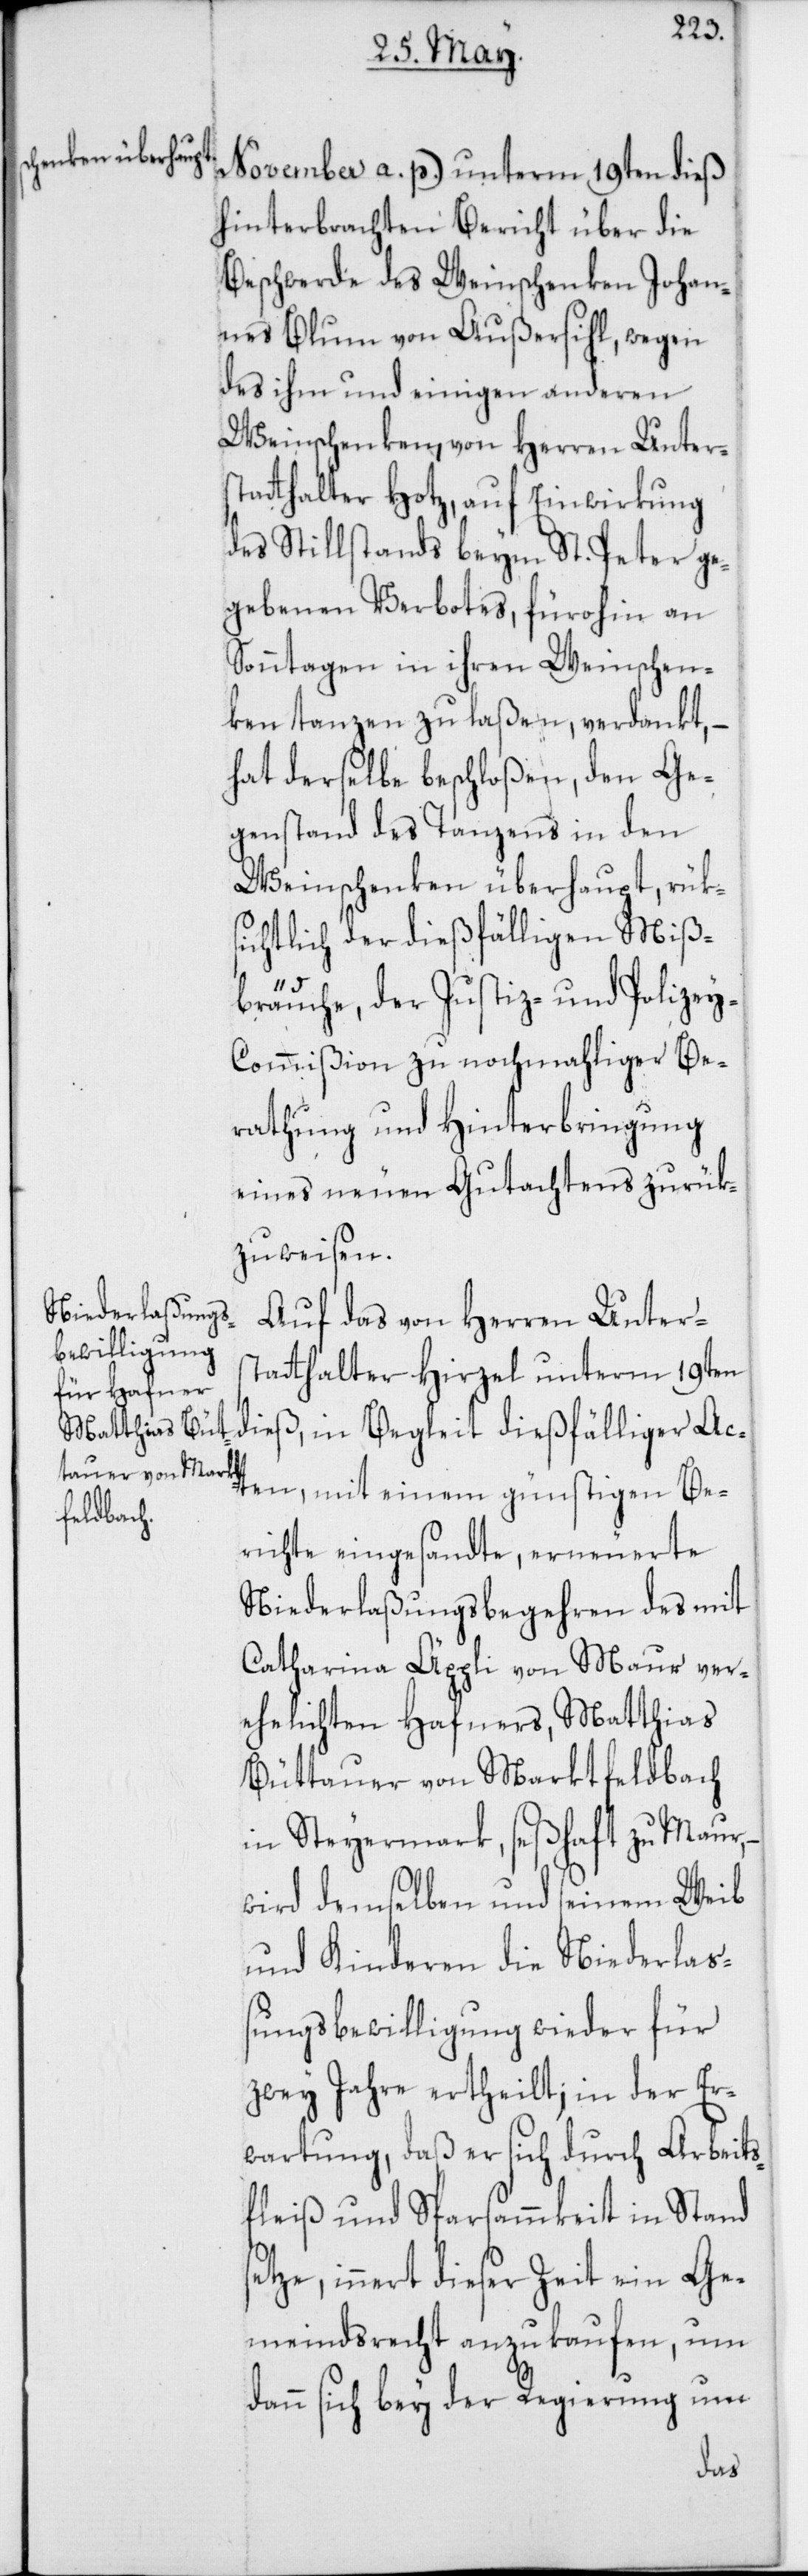
November a. p.) unterm 19ten dieß
hinterbrachten Bericht über die
Beschwerde des Weinschenken Johan¬
nes Blum von Außersihl, wegen
des ihm und einigen anderen
Weinschenken, von Herren Unter¬
statthalter Hotz, auf Einwirkung
des Stillstands beym St. Peter ge¬
gebenen Verbotes, fürohin an
Sonntagen in ihren Weinschen¬
ken tanzen zu laßen, verdankt, –
hat derselbe beschloßen, den Ge¬
genstand des Tanzens in den
Weinschenken überhaupt, rük¬
sichtlich der dießfälligen Miß¬
Be¬
bräuche, der Justiz- und Polizey-C¬
ommißion zu nochmahliger Be¬
rathung und Hinterbringung
eines neuen Gutachtens zurük¬
zuweisen.
Auf das von Herren Unter¬
statthalter Hirzel unterm 19ten
dieß, in Begleit dießfälliger Ac¬
richte eingesandte, erneuerete
Niederlaßungsbegehren des mit
Catharina Äppli von Maur ver¬
ehelichten Hafners, Matthias
Büttauer von Marktfeldbach
in Steyermark, seßhaft zu Maur,
wird demselben und seinem Weib
und Kinderen die Niederlaß¬
ungs-Bewilligung wieder für
zwey Jahre ertheilt; in der Er¬
wartung, daß er sich durch Arbeits¬
fleiß und Sparsammkeit in Stand
setze, innert dieser Zeit ein Ge¬
meindrecht anzukaufen, um
dann sich bey der Regierung um
ten,